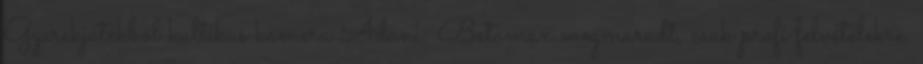
Gyerekjátékból kultikus kamera Adani: Betamax megmaradt, csak profi felvételekre.